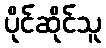
ပိုင်ဆိုင်သူ